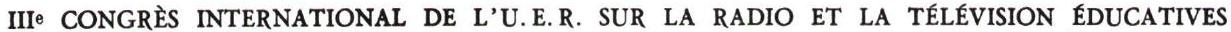
IIIe CONGRÈS INTERNATIONAL DE L'U.E.R. SUR LA RADIO ET LA TÉLÉVISION ÉDUCATIVES